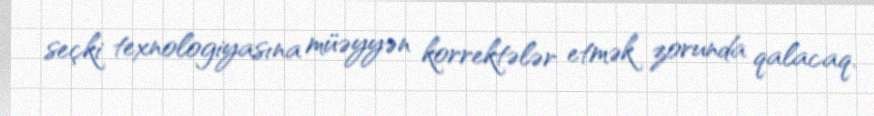
seçki texnologiyasına müəyyən korrektələr etmək zorunda qalacaq.